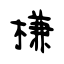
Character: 槏